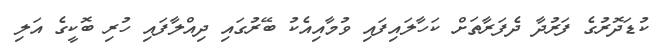
ކުޑަދޮރުގެ ފަރުދާ ދެފަރާތަށް ކަހާލައިފައި ވުމާއިއެކު ބޭރުގައި ދިއްލާފައި ހުރި ބޮކީގެ އަލި